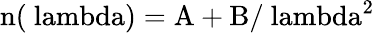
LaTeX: \mathrm{n(\ lambda)=A+B/\ lambda^{2}}